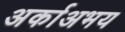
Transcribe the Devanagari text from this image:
अर्काअभय